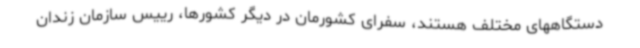
دستگاههای مختلف هستند، سفرای کشورمان در دیگر کشورها، رییس سازمان زندان